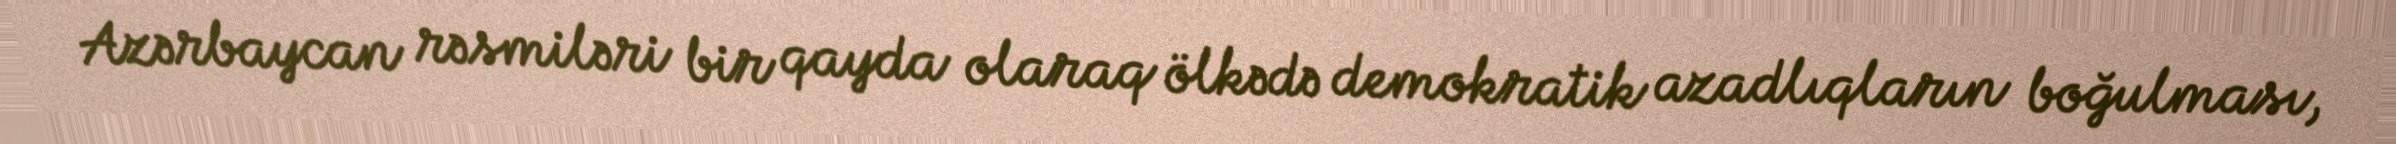
Azərbaycan rəsmiləri bir qayda olaraq ölkədə demokratik azadlıqların boğulması,